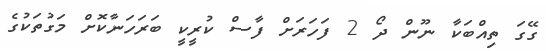
ގޭގަ ތިއްބަކާ ނޫން ދޯ 2 ފަހަރަށް ފާސް ކުރީކީ ބަރަހަނާކޮށް މަގުތަކުގެ